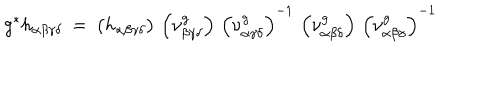
LaTeX: g ^ { * } h _ { \alpha \beta \gamma \delta } \: = \: \left( h _ { \alpha \beta \gamma \delta } \right) \, \left( \nu _ { \beta \gamma \delta } ^ { g } \right) \, \left( \nu _ { \alpha \gamma \delta } ^ { g } \right) ^ { - 1 } \, \left( \nu _ { \alpha \beta \delta } ^ { g } \right) \, \left( \nu _ { \alpha \beta \gamma } ^ { g } \right) ^ { - 1 }